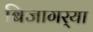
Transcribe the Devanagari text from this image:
बिजागर्‍या